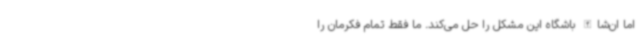
اما ان‌شاالله باشگاه این مشکل را حل می‌کند. ما فقط تمام فکرمان را